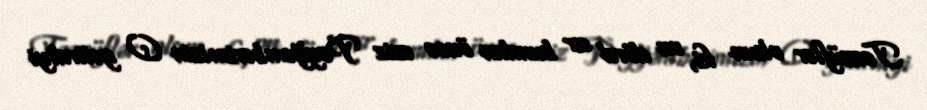
Təəssüflər olsun ki, on dörd əsr bundan öncə əziz Peyğəmbərimizin (s) gətirdiyi